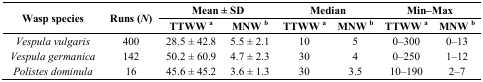
| <ROWSPAN=2> Wasp species | <ROWSPAN=2> Runs (N) | <COLSPAN=2> Mean ± SD | <COLSPAN=2> Median | <COLSPAN=2> Min–Max |
 | TTWW a | MNW b | TTWW a | MNW b | TTWW a | MNW b |
 | --- | --- | --- | --- | --- | --- | --- | --- |
 | Vespula vulgaris | 400 | 28.5 ± 42.8 | 5.5 ± 2.1 | 10 | 5 | 0–300 | 0–13 |
 | Vespula germanica | 142 | 50.2 ± 60.9 | 4.7 ± 2.3 | 30 | 4 | 0–250 | 1–12 |
 | Polistes dominula | 16 | 45.6 ± 45.2 | 3.6 ± 1.3 | 30 | 3.5 | 10–190 | 2–7 |